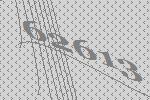
62613